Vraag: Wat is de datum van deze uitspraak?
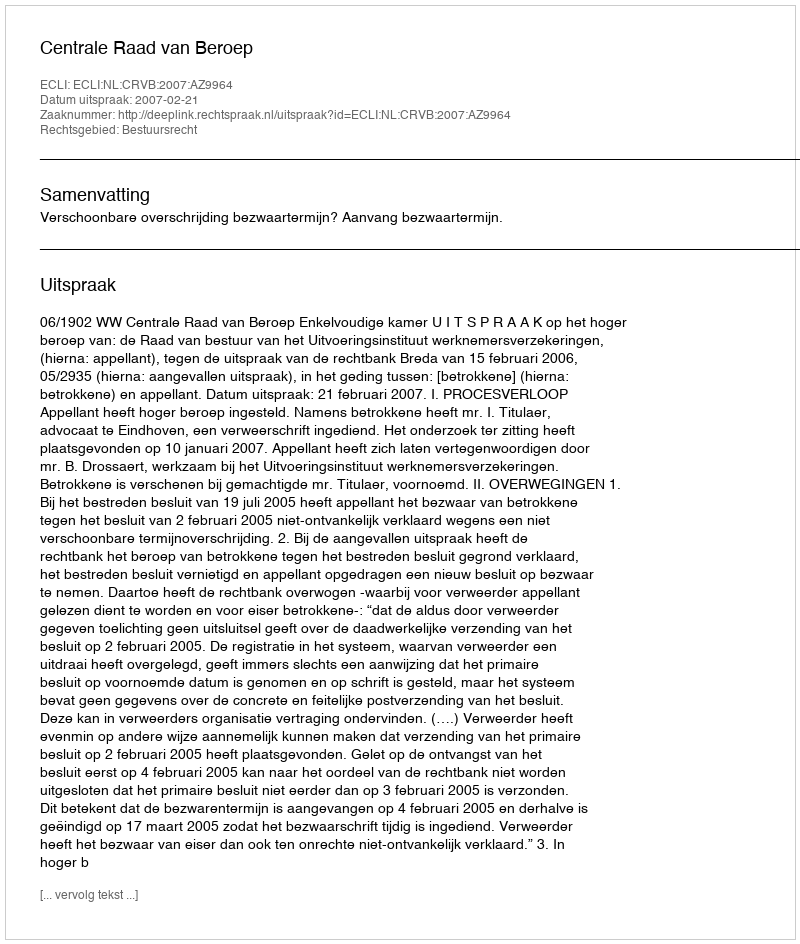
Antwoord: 2007-02-21